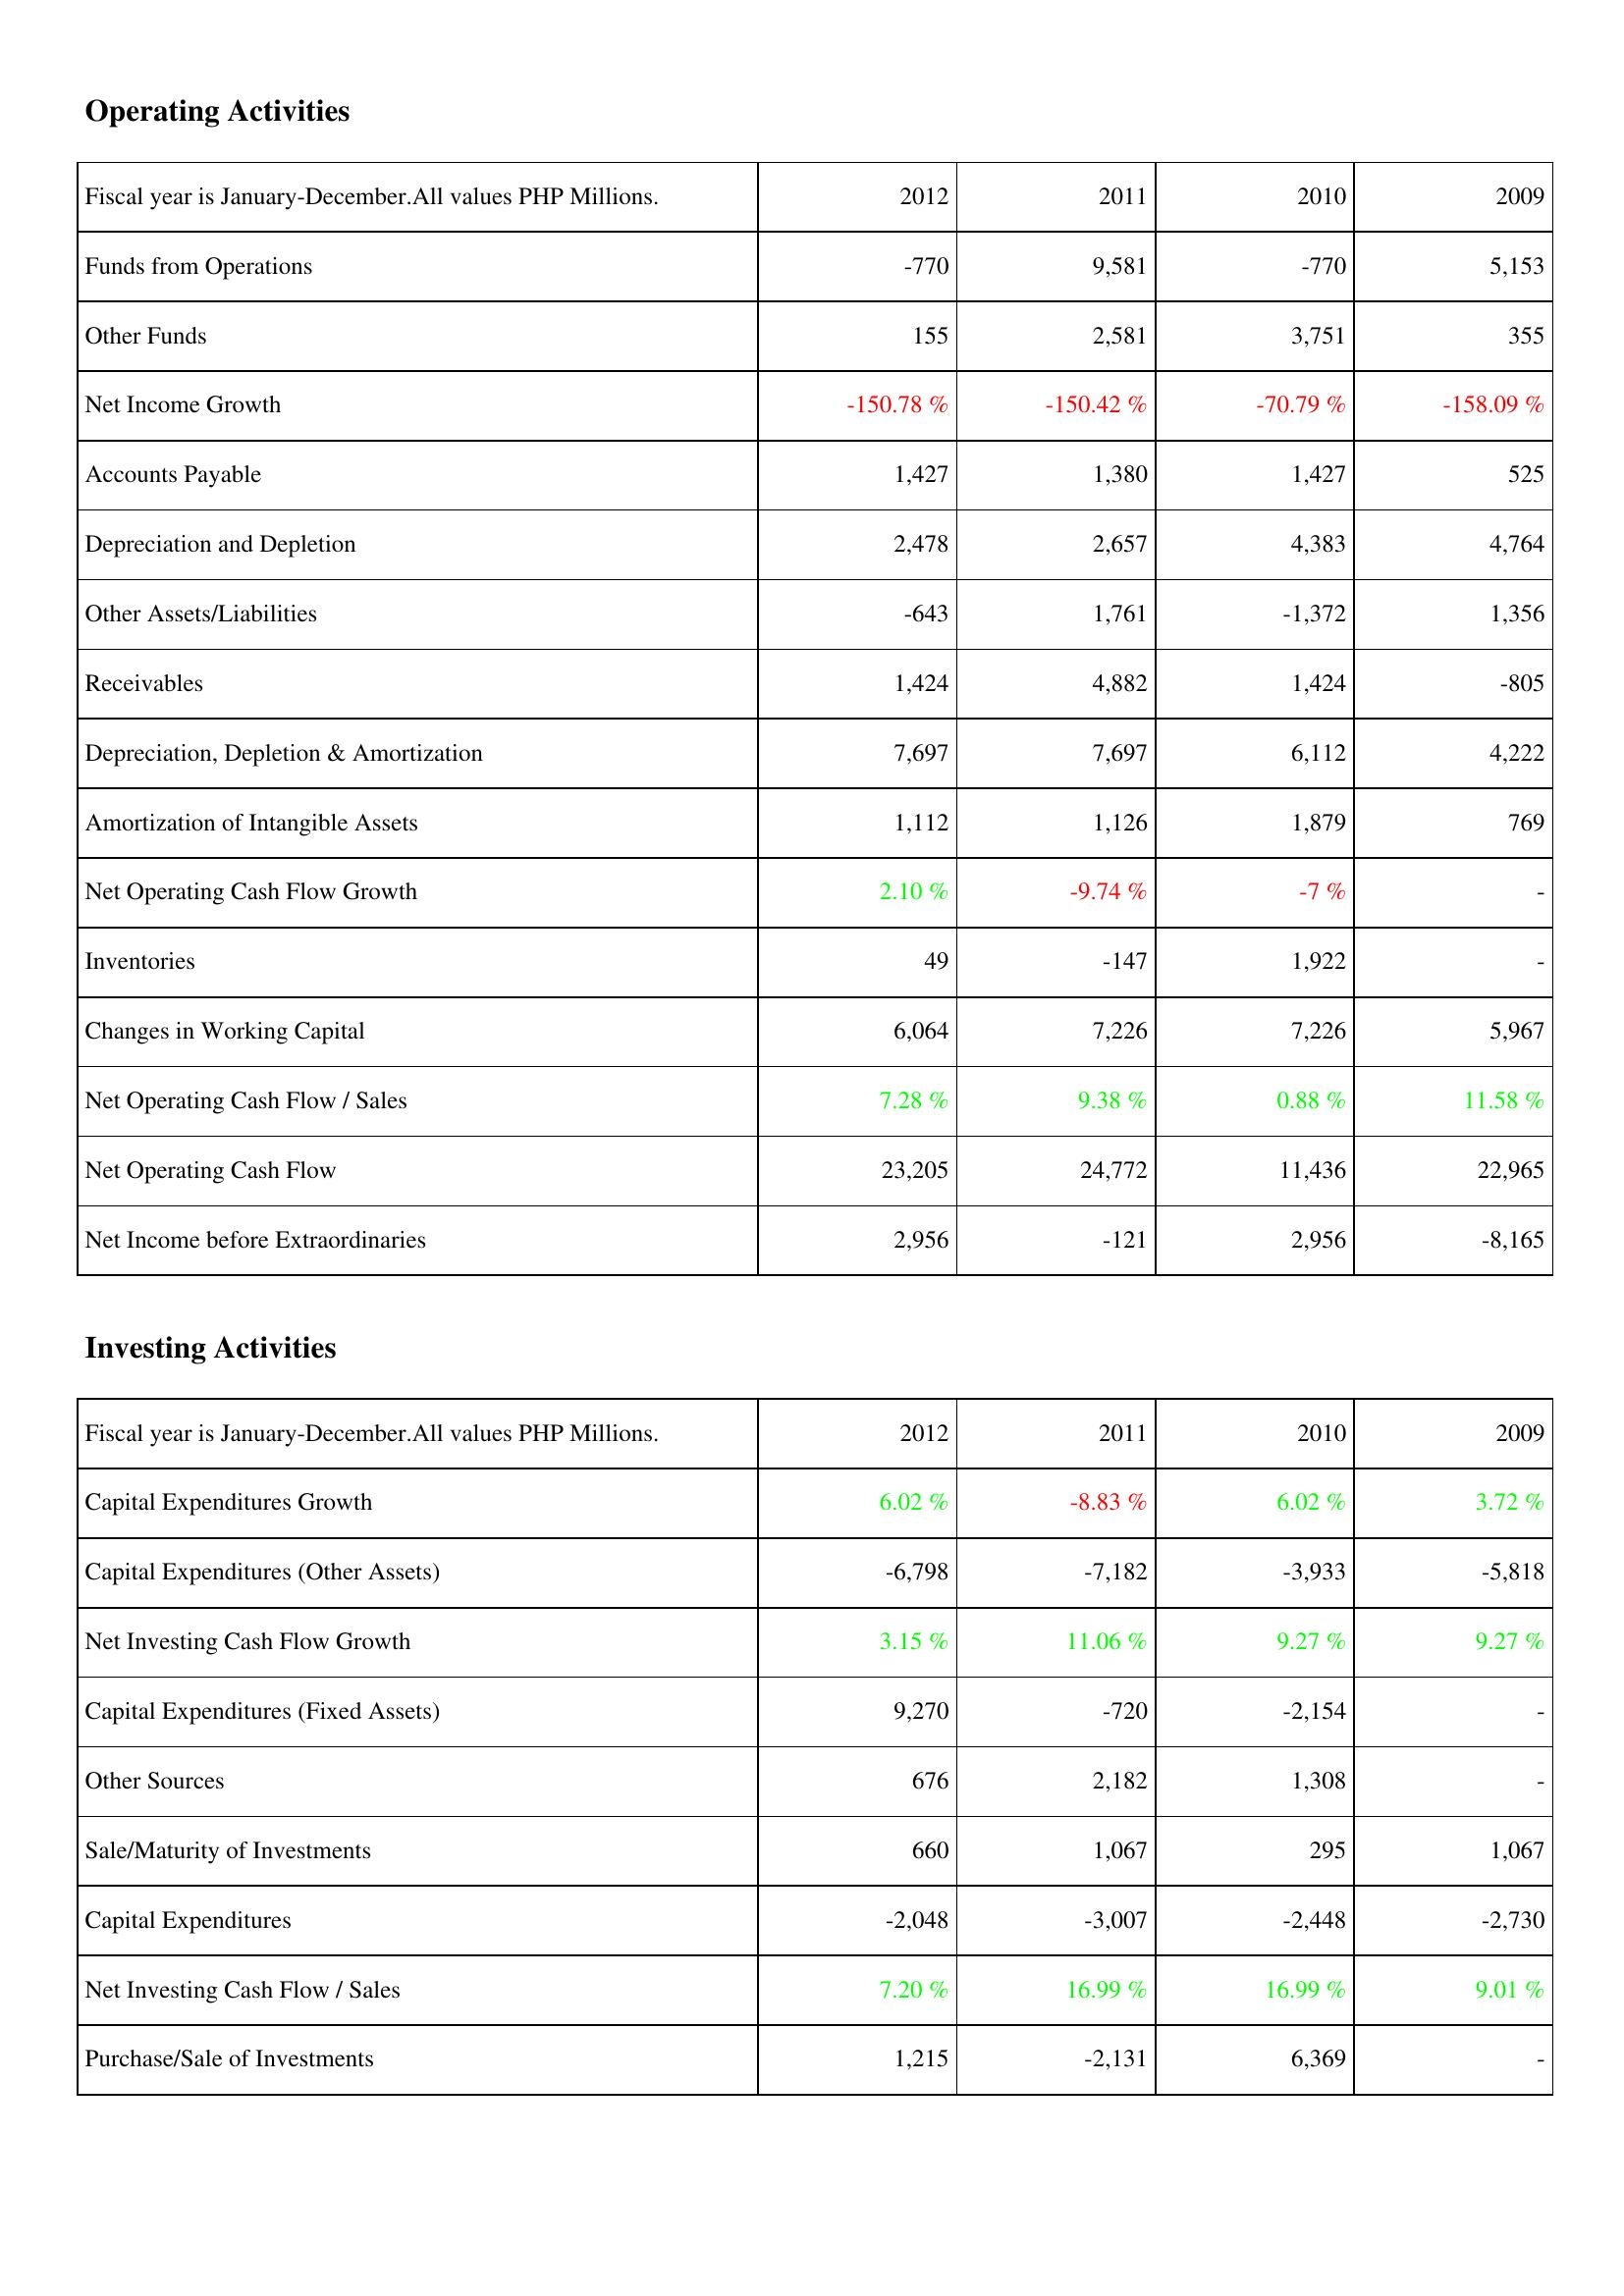
2012: Operating Activities: Funds from Operations: -770
Other Funds: 155
Net Income Growth: -150.78 %
Accounts Payable: 1,427
Depreciation and Depletion: 2,478
Other Assets/Liabilities: -643
Receivables: 1,424
Depreciation, Depletion & Amortization: 7,697
Amortization of Intangible Assets: 1,112
Net Operating Cash Flow Growth: 2.10 %
Inventories: 49
Changes in Working Capital: 6,064
Net Operating Cash Flow / Sales: 7.28 %
Net Operating Cash Flow: 23,205
Net Income before Extraordinaries: 2,956
Investing Activities: Capital Expenditures Growth: 6.02 %
Capital Expenditures (Other Assets): -6,798
Net Investing Cash Flow Growth: 3.15 %
Capital Expenditures (Fixed Assets): 9,270
Other Sources: 676
Sale/Maturity of Investments: 660
Capital Expenditures: -2,048
Net Investing Cash Flow / Sales: 7.20 %
Purchase/Sale of Investments: 1,215
2011: Operating Activities: Funds from Operations: 9,581
Other Funds: 2,581
Net Income Growth: -150.42 %
Accounts Payable: 1,380
Depreciation and Depletion: 2,657
Other Assets/Liabilities: 1,761
Receivables: 4,882
Depreciation, Depletion & Amortization: 7,697
Amortization of Intangible Assets: 1,126
Net Operating Cash Flow Growth: -9.74 %
Inventories: -147
Changes in Working Capital: 7,226
Net Operating Cash Flow / Sales: 9.38 %
Net Operating Cash Flow: 24,772
Net Income before Extraordinaries: -121
Investing Activities: Capital Expenditures Growth: -8.83 %
Capital Expenditures (Other Assets): -7,182
Net Investing Cash Flow Growth: 11.06 %
Capital Expenditures (Fixed Assets): -720
Other Sources: 2,182
Sale/Maturity of Investments: 1,067
Capital Expenditures: -3,007
Net Investing Cash Flow / Sales: 16.99 %
Purchase/Sale of Investments: -2,131
2010: Operating Activities: Funds from Operations: -770
Other Funds: 3,751
Net Income Growth: -70.79 %
Accounts Payable: 1,427
Depreciation and Depletion: 4,383
Other Assets/Liabilities: -1,372
Receivables: 1,424
Depreciation, Depletion & Amortization: 6,112
Amortization of Intangible Assets: 1,879
Net Operating Cash Flow Growth: -7 %
Inventories: 1,922
Changes in Working Capital: 7,226
Net Operating Cash Flow / Sales: 0.88 %
Net Operating Cash Flow: 11,436
Net Income before Extraordinaries: 2,956
Investing Activities: Capital Expenditures Growth: 6.02 %
Capital Expenditures (Other Assets): -3,933
Net Investing Cash Flow Growth: 9.27 %
Capital Expenditures (Fixed Assets): -2,154
Other Sources: 1,308
Sale/Maturity of Investments: 295
Capital Expenditures: -2,448
Net Investing Cash Flow / Sales: 16.99 %
Purchase/Sale of Investments: 6,369
2009: Operating Activities: Funds from Operations: 5,153
Other Funds: 355
Net Income Growth: -158.09 %
Accounts Payable: 525
Depreciation and Depletion: 4,764
Other Assets/Liabilities: 1,356
Receivables: -805
Depreciation, Depletion & Amortization: 4,222
Amortization of Intangible Assets: 769
Net Operating Cash Flow Growth: -
Inventories: -
Changes in Working Capital: 5,967
Net Operating Cash Flow / Sales: 11.58 %
Net Operating Cash Flow: 22,965
Net Income before Extraordinaries: -8,165
Investing Activities: Capital Expenditures Growth: 3.72 %
Capital Expenditures (Other Assets): -5,818
Net Investing Cash Flow Growth: 9.27 %
Capital Expenditures (Fixed Assets): -
Other Sources: -
Sale/Maturity of Investments: 1,067
Capital Expenditures: -2,730
Net Investing Cash Flow / Sales: 9.01 %
Purchase/Sale of Investments: -